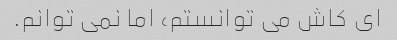
ای کاش می توانستم، اما نمی توانم.